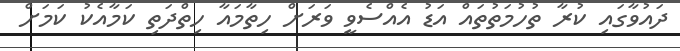
ދައުވާގައި ކުރާ ތުހުމަތުތައް އަޑު އެއްސެވީ ވަރަށް ހިތާމައާ ހިތްދަތި ކަމާއެކު ކަމަށް